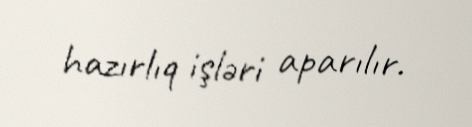
hazırlıq işləri aparılır.